NAE_kihelkonnakohtute_kirjad_ja_protokollid_1869-1889, lk 6
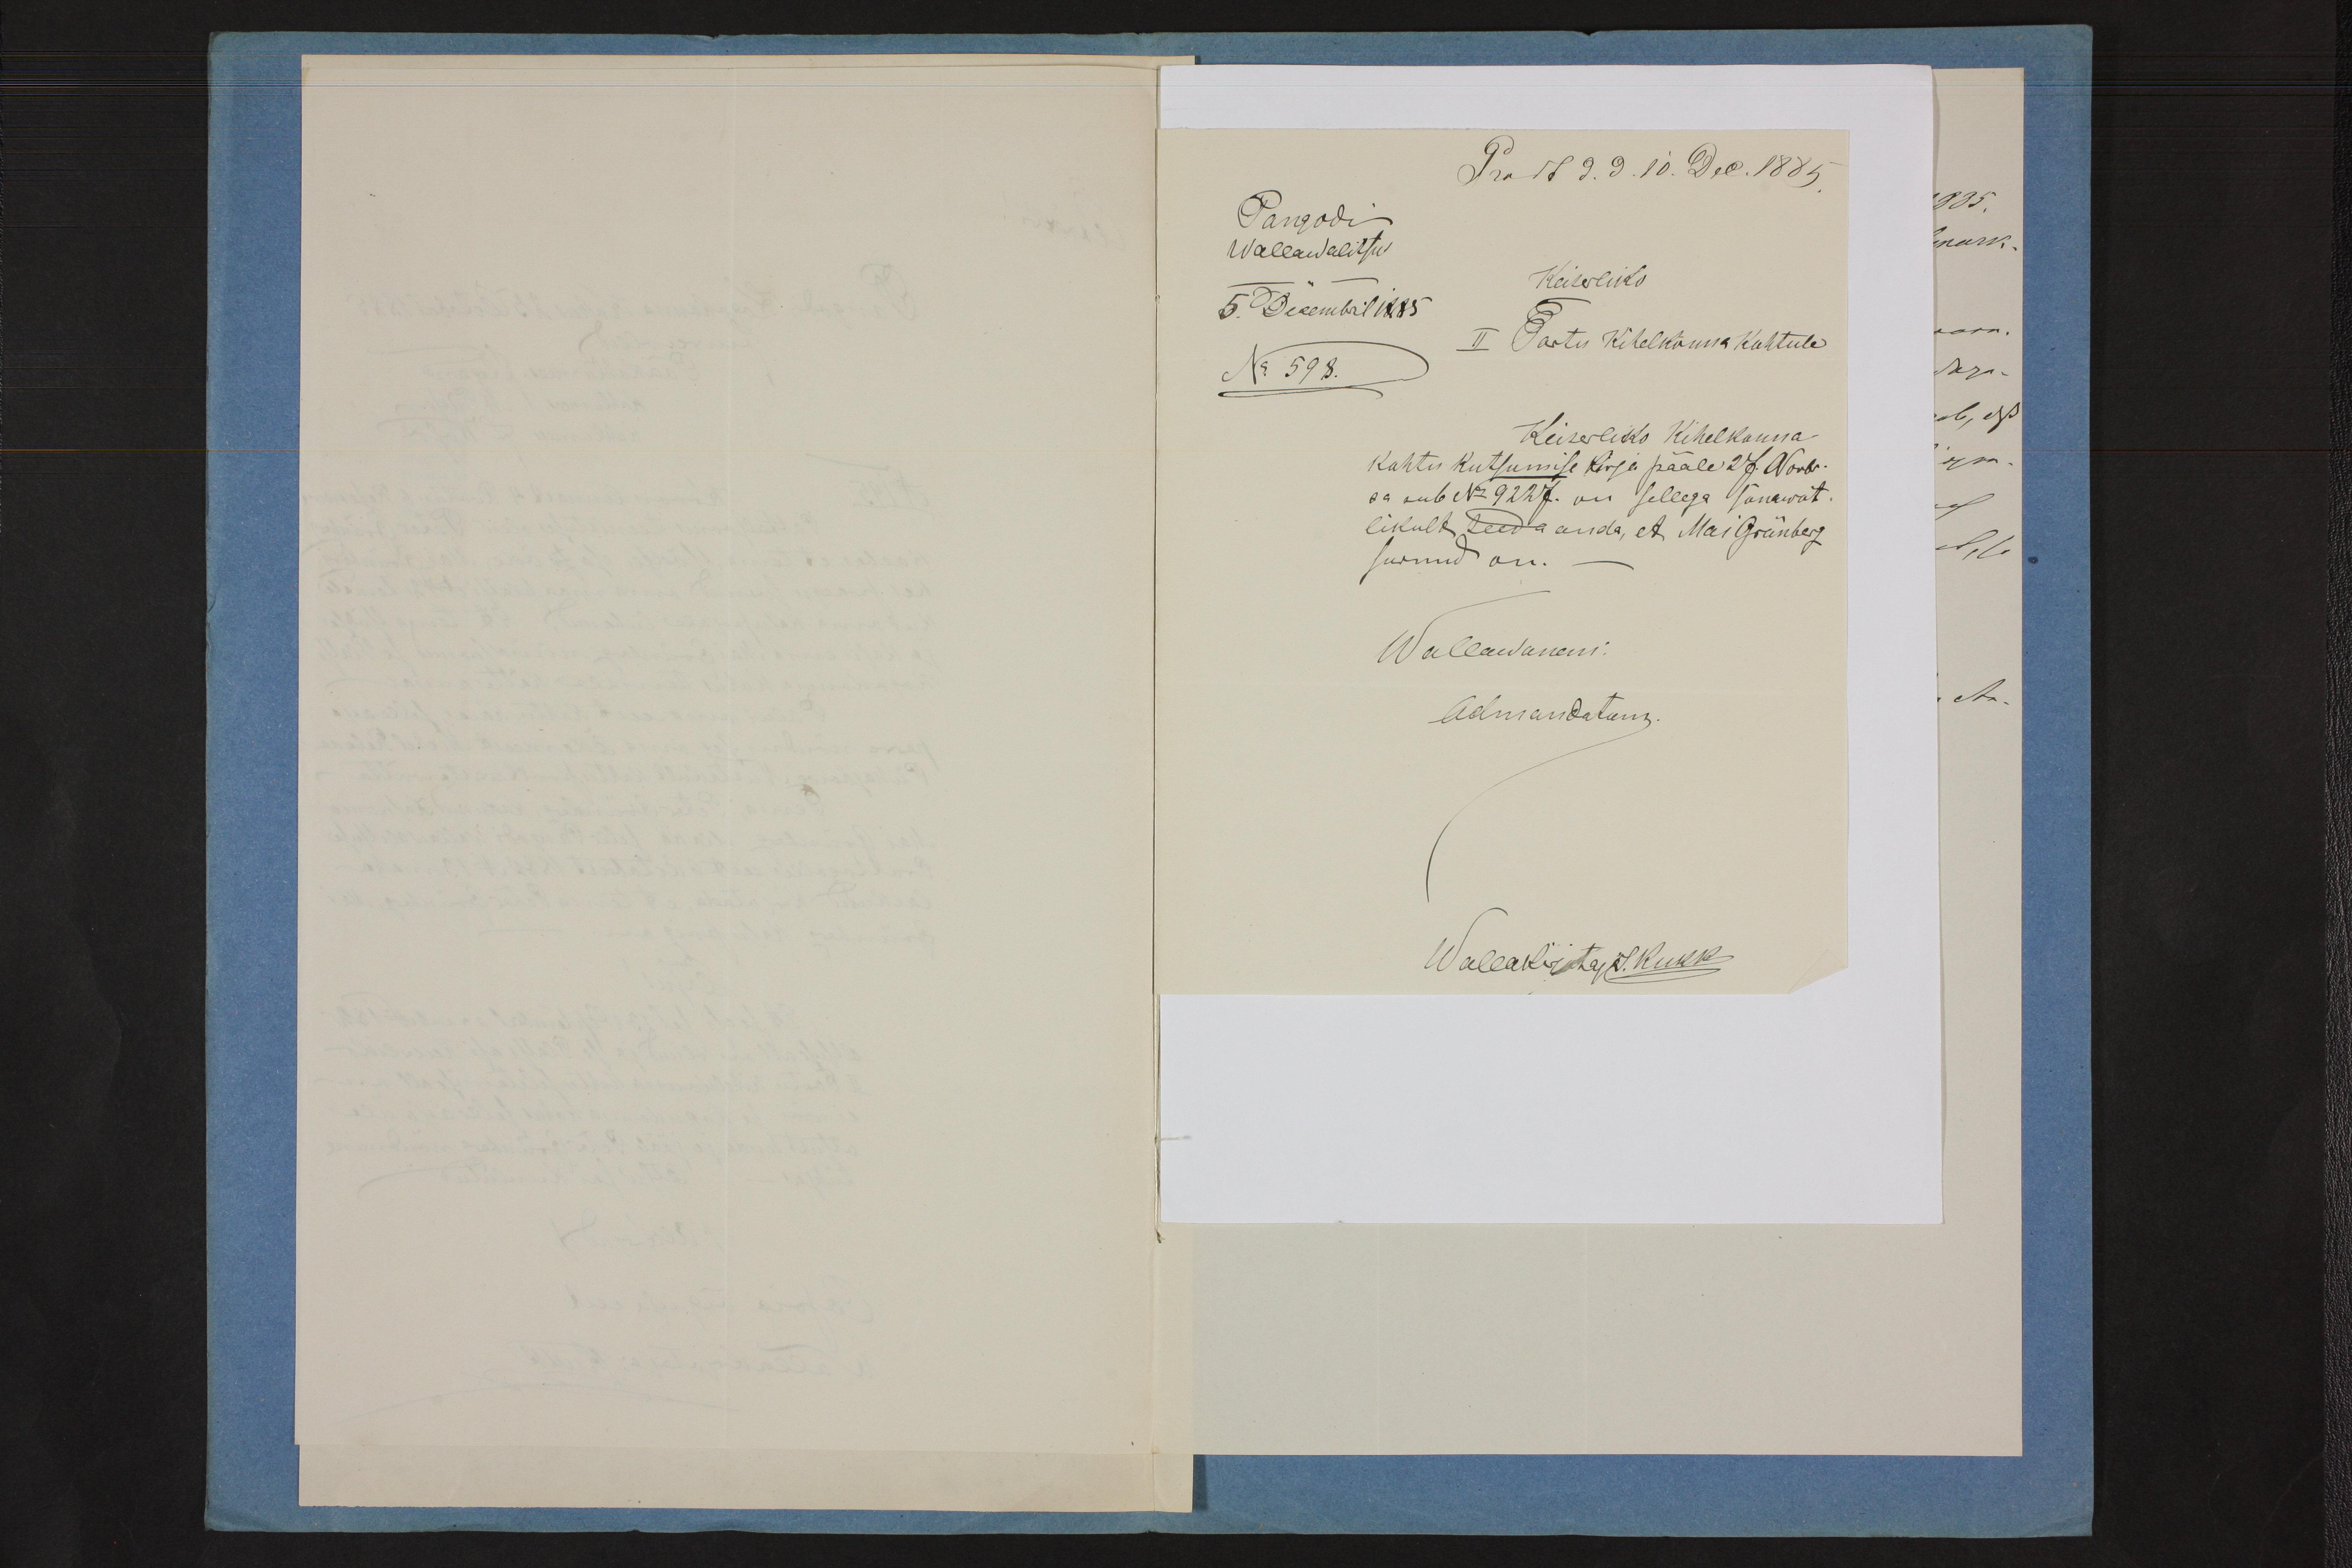
Pangodi
Wallawalitsus
Keiserliko
5 Decembril 1885
II Tartu Kihelkonnakohtule
N 598.
Keiserliko Kihelkonna-
kohtu kutsumise kirja pääle 27. Novbr.
sa sub N 9227 on sellega sõnawõt-
likult teeda anda, et Mai Grünberg
surnud on.
Wallawanem: